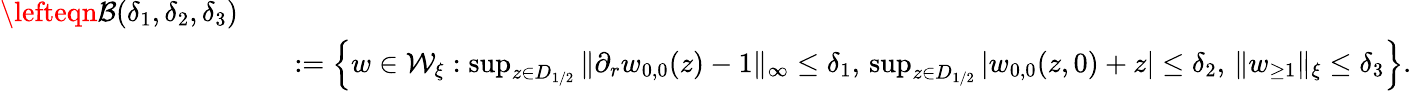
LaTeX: \begin{array}{rlr}{\lefteqn{\mathcal{B}(\delta_{1},\delta_{2},\delta_{3})}}\\ &{}&{:=\left\{ w\in\mathcal{W}_{\xi}:\operatorname*{sup}_{z\in D_{1/2}}\| \partial_{r}w_{0,0}(z)-1\| _{\infty}\leq\delta_{1},\, \operatorname*{sup}_{z\in D_{1/2}}|w_{0,0}(z,0)+z|\leq\delta_{2},\, \| w_{\geq 1}\| _{\xi}\leq\delta_{3}\right\} .}\end{array}